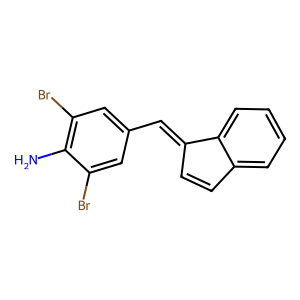
SMILES: Nc1c(Br)cc(C=C2C=Cc3ccccc32)cc1Br
Inhibits HIV replication: No